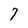
Character: 7